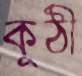
কুঠী